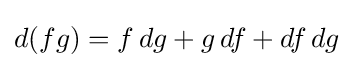
d(fg)=f\,dg+g\,df+df\,dg